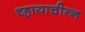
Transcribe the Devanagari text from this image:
च्हायाचीत्न